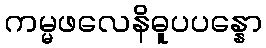
ကမ္မဖလေနိဓူပပန္နော